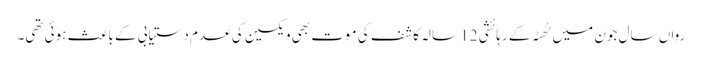
رواں سال جون میں ٹھٹہ کے رہائشی 12 سالہ کاشف کی موت بھی ویکسین کی عدم دستیابی کے باعث ہوئی تھی۔